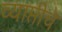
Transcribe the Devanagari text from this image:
व्याप्तीचे